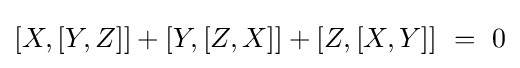
[X,[Y,Z]]+[Y,[Z,X]]+[Z,[X,Y]]\ =\ 0